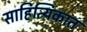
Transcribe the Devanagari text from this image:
साहित्यिकात